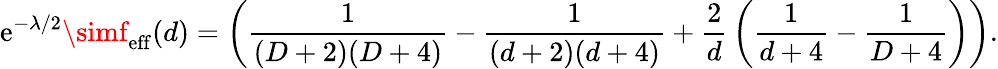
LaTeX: \mathrm{e}^{-\lambda/2}\simf_{\mathrm{{\mathrm{e}ff}}}(d)=\left({\frac{{1}}{{(D+2)(D+4)}}}-{\frac{{1}}{{(d+2)(d+4)}}}+{\frac{{2}}{{d}}}\left({\frac{{1}}{{d+4}}}-{\frac{{1}}{{D+4}}}\right)\right).